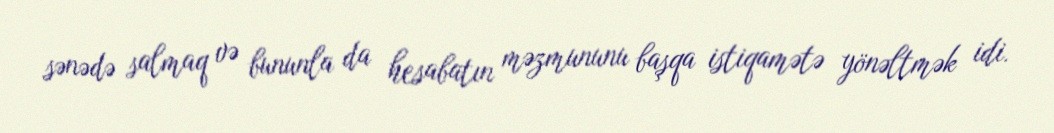
sənədə salmaq və bununla da hesabatın məzmununu başqa istiqamətə yönəltmək idi.